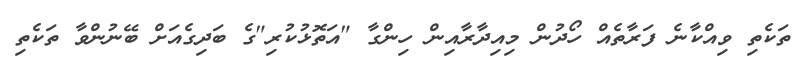
ތަކެތި ވިއްކާނެ ފަރާތެއް ހޯދުން މިއިދާރާއިން ހިންގާ "އަތޮޅުކުރި"ގެ ބަދިގެއަށް ބޭނުންވާ ތަކެތި